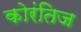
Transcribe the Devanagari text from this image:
कोरंतिज